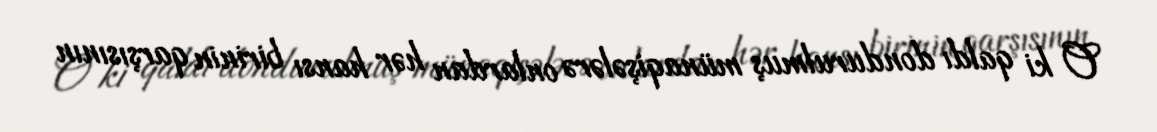
O ki qaldı dondurulmuş münaqişələrə onlardan hər hansı birinin qarşısının